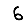
Digit: 6